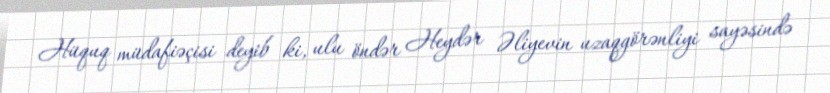
Hüquq müdafiəçisi deyib ki, ulu öndər Heydər Əliyevin uzaqgörənliyi sayəsində